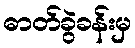
ဓာတ်ခွဲခန်းမှ